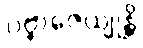
ပဗ္ဗာဇေယျုန္တိ